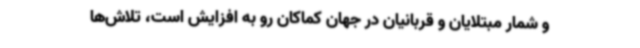
و شمار مبتلایان و قربانیان در جهان کماکان رو به افزایش است، تلاش‌ها